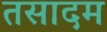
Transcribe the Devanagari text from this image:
तसादम